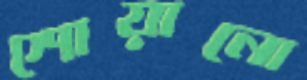
শোয়ানো